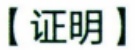
【证明】